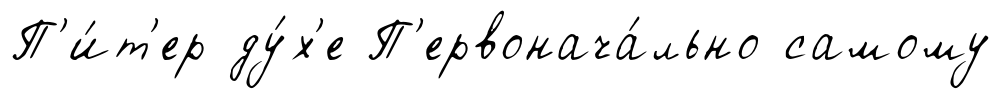
П'и́т'ер ду́х'е П'ервонача́льно самому